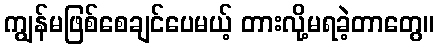
ကျွန်မဖြစ်စေချင်ပေမယ့် တားလို့မရခဲ့တာတွေ။